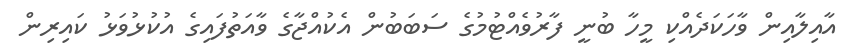
އާއިލާއިން ވާހަކަދެއްކި މީހާ ބުނީ ފާރުވެއްޓުމުގެ ސަބަބުން އެކުއްޖާގެ ވާއަތުފައިގެ އުކުޅުވަޅު ކައިރިން